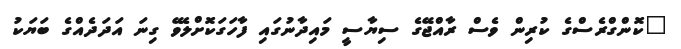
"ކޮންގްރެސްގެ ކުރިން ވެސް ރާއްޖޭގެ ސިޔާސީ މައިދާނުގައި ފާހަގަކޮށްލެވޭ ގިނަ އަދަދެއްގެ ބަޔަކު